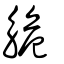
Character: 觤